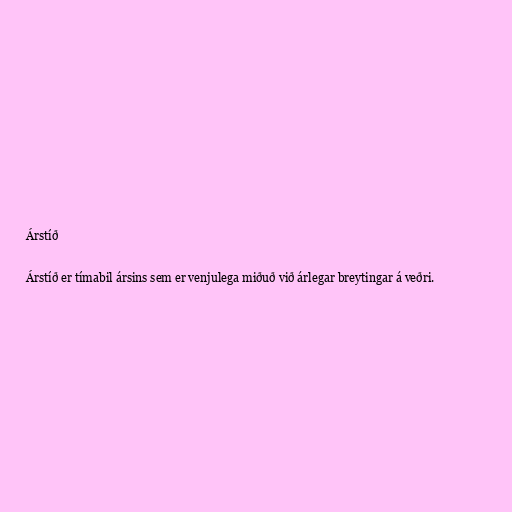
Árstíð

Árstíð er tímabil ársins sem er venjulega miðuð við árlegar breytingar á veðri.